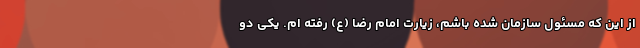
از این که مسئول سازمان شده باشم، زیارت امام رضا (ع) رفته ام. یکی دو